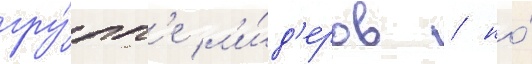
гру́пп'е л'и́д'еров / но́